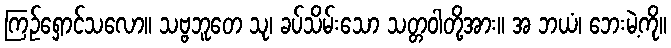
ကြဉ်ရှောင်သလော။ သဗ္ဗဘူတေ သု၊ ခပ်သိမ်းသော သတ္တဝါတို့အား။ အ ဘယံ၊ ဘေးမဲ့ကို။